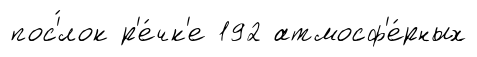
пос'́лок р'е́чк'е 192 атмосф'е́рных